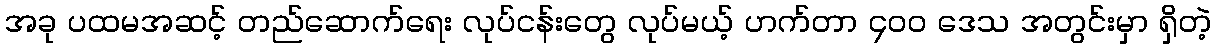
အခု ပထမအဆင့် တည်ဆောက်ရေး လုပ်ငန်းတွေ လုပ်မယ့် ဟက်တာ ၄၀၀ ဒေသ အတွင်းမှာ ရှိတဲ့